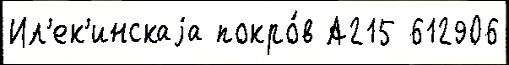
Ил'ек'инскаjа покро́в А215 612906